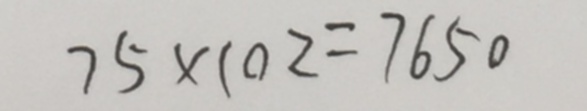
7 5 \times 1 0 2 = 7 6 5 0